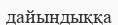
дайыңдыққа